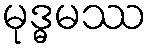
မုဒ္ဓမဿ